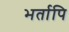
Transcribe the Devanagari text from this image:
भर्तापि